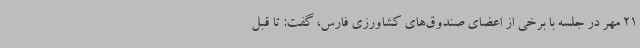
21 مهر در جلسه با برخی از اعضای صندوق‌های کشاورزی فارس، گفت: تا قبل